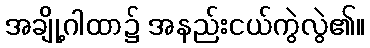
အချို့ဂါထာ၌ အနည်းငယ်ကွဲလွဲ၏။